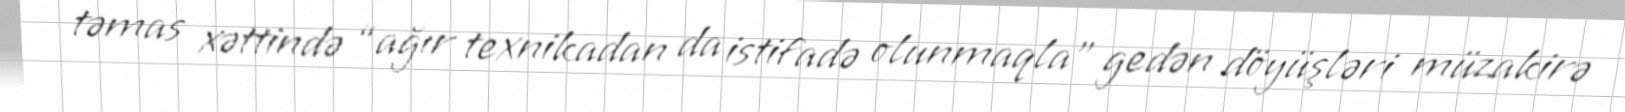
təmas xəttində “ağır texnikadan da istifadə olunmaqla” gedən döyüşləri müzakirə